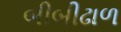
બીબીઢાળ